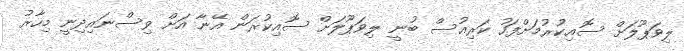
ލިވަޕޫލަށް ސޮއިކުރުމަށްފަހު ކަރިއުސް ބުނީ ލިވަޕޫލަށް ސޮއިކުރަން އޭނާ އަށް ވިސްނައިދިނީ މިހާރު